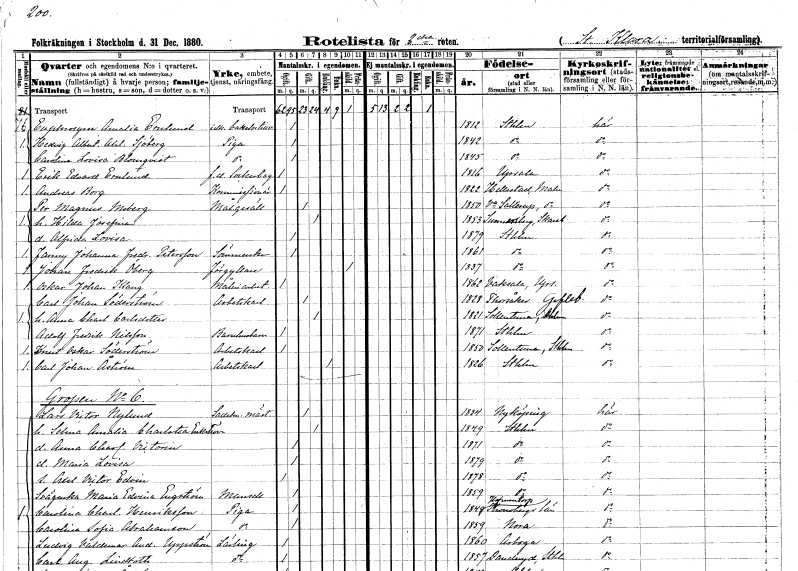
gt_parse: households: individuals: FN: Euphrosyne Amalia
EN: Ernlund
YRKE: Idkar bakelsetillverkning
KON: K
CIV: O
FODAR: 1812
FODFORS: Stockholm
FN: Hedvig Albertina Axelina
EN: Sjöberg
YRKE: Piga
KON: K
CIV: O
FODAR: 1842
FODFORS: Stockholm
FN: Carolina Lovisa
EN: Blomqvist
YRKE: Piga
KON: K
CIV: O
FODAR: 1845
FODFORS: Stockholm
FN: Erik Edvard
EN: Ernlund
YRKE: Sockerbagare f.d.
KON: M
CIV: O
FODAR: 1816
FODFORS: Uppsala Uppsala län
FN: Andreas
EN: Borg
YRKE: Kommissionär
KON: M
CIV: O
FODAR: 1822
FODFORS: Hällestad Malmöhus län
FN: Per Magnus
EN: Moberg
YRKE: Målaregesäll
KON: M
CIV: G
FODAR: 1850
FODFORS: Västra Sallerup Malmöhus län
FN: Hilda Josefina
KON: K
CIV: G
FODAR: 1853
FODFORS: Sunnersberg Skaraborgs län
FN: Alfrida Lovisa
KON: K
CIV: O
FODAR: 1879
FODFORS: Stockholm
FN: Fanny Johanna Fredrika
EN: Petersson
YRKE: Sömmerska
KON: K
CIV: O
FODAR: 1861
FODFORS: Stockholm
FN: Johan Fredrik
EN: Öberg
YRKE: Förgyllare
KON: M
CIV: X
FODAR: 1837
FODFORS: Stockholm
FN: Oskar Johan
EN: Klang
YRKE: Måleriarbetare
KON: M
CIV: O
FODAR: 1862
FODFORS: Vaksala Uppsala län
FN: Carl Johan
EN: Söderström
YRKE: Arbetskarl
KON: M
CIV: G
FODAR: 1828
FODFORS: Torsåker Gävleborgs län
FN: Anna Charlotta
EN: Carlsdotter
KON: K
CIV: G
FODAR: 1821
FODFORS: Sollentuna Stockholms län
FN: Adolf Fredrik
EN: Nilsson
YRKE: Barnhusbarn
KON: M
CIV: O
FODAR: 1871
FODFORS: Stockholm
FN: Knut Oskar
EN: Söderström
YRKE: Arbetskarl
KON: M
CIV: O
FODAR: 1850
FODFORS: Sollentuna Stockholms län
FN: Carl Johan
EN: Åström
YRKE: Arbetskarl
KON: M
CIV: E
FODAR: 1826
FODFORS: Stockholm